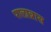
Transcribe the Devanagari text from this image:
पालाब्रास